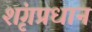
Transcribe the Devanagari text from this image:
शृंगप्रधान